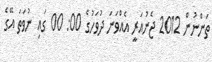
ތަންނުން 2012 ޖެނުއަރީ އެއްވަނަ ދުވަހުގެ 00: 00 ގައި ނުވަތަ އޭގެ